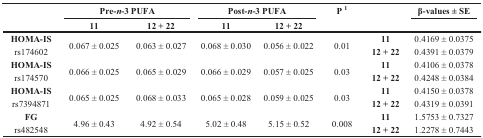
<table><thead><tr><td rowspan="2"></td><td colspan="2"><b>Pre-<i>n</i>-3 PUFA</b></td><td colspan="2"><b>Post-<i>n</i>-3 PUFA</b></td><td><b>P <sup>1</sup></b></td><td></td><td><b>β-values ± SE</b></td></tr><tr><td><b>11</b></td><td><b>12 + 22</b></td><td><b>11</b></td><td><b>12 + 22</b></td><td></td><td></td><td></td></tr></thead><tbody><tr><td><b>HOMA-IS</b></td><td rowspan="2">0.067 ± 0.025</td><td rowspan="2">0.063 ± 0.027</td><td rowspan="2">0.068 ± 0.030</td><td rowspan="2">0.056 ± 0.022</td><td rowspan="2">0.01</td><td><b>11</b></td><td>0.4169 ± 0.0375</td></tr><tr><td>rs174602</td><td><b>12 + 22</b></td><td>0.4391 ± 0.0379</td></tr><tr><td><b>HOMA-IS</b></td><td rowspan="2">0.066 ± 0.025</td><td rowspan="2">0.065 ± 0.029</td><td rowspan="2">0.066 ± 0.029</td><td rowspan="2">0.057 ± 0.025</td><td rowspan="2">0.03</td><td><b>11</b></td><td>0.4106 ± 0.0378</td></tr><tr><td>rs174570</td><td><b>12 + 22</b></td><td>0.4248 ± 0.0384</td></tr><tr><td><b>HOMA-IS</b></td><td rowspan="2">0.065 ± 0.025</td><td rowspan="2">0.068 ± 0.033</td><td rowspan="2">0.065 ± 0.028</td><td rowspan="2">0.059 ± 0.025</td><td rowspan="2">0.03</td><td><b>11</b></td><td>0.4150 ± 0.0378</td></tr><tr><td>rs7394871</td><td><b>12 + 22</b></td><td>0.4319 ± 0.0391</td></tr><tr><td><b>FG</b></td><td rowspan="2">4.96 ± 0.43</td><td rowspan="2">4.92 ± 0.54</td><td rowspan="2">5.02 ± 0.48</td><td rowspan="2">5.15 ± 0.52</td><td rowspan="2">0.008</td><td><b>11</b></td><td>1.5753 ± 0.7327</td></tr><tr><td>rs482548</td><td><b>12 + 22</b></td><td>1.2278 ± 0.7443</td></tr></tbody></table>